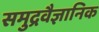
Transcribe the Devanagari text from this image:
समुद्रवैज्ञानिक